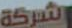
الشركة